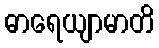
ဓာရေယျာမာတိ